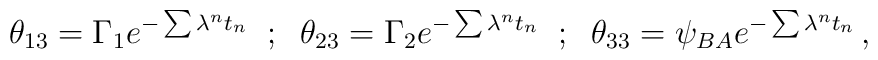
\theta_{13} = \Gamma_1 e^{-\sum \lambda^n t_n}  \;\; ; \;\;\theta_{23} = \Gamma_2 e^{-\sum \lambda^n t_n}  \;\; ; \;\;\theta_{33} =  \psi_{BA} e^{-\sum \lambda^n t_n} \, ,